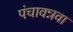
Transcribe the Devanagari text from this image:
पंचावन्नवा